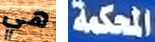
هي المحكمة